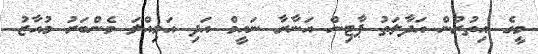
މީގެ އިތުރުން އަދާލަތު ޕާޓިން އަނާރާ ނައީމް އަދި އަމިއްލަ މެންބަރު މުއާޒު